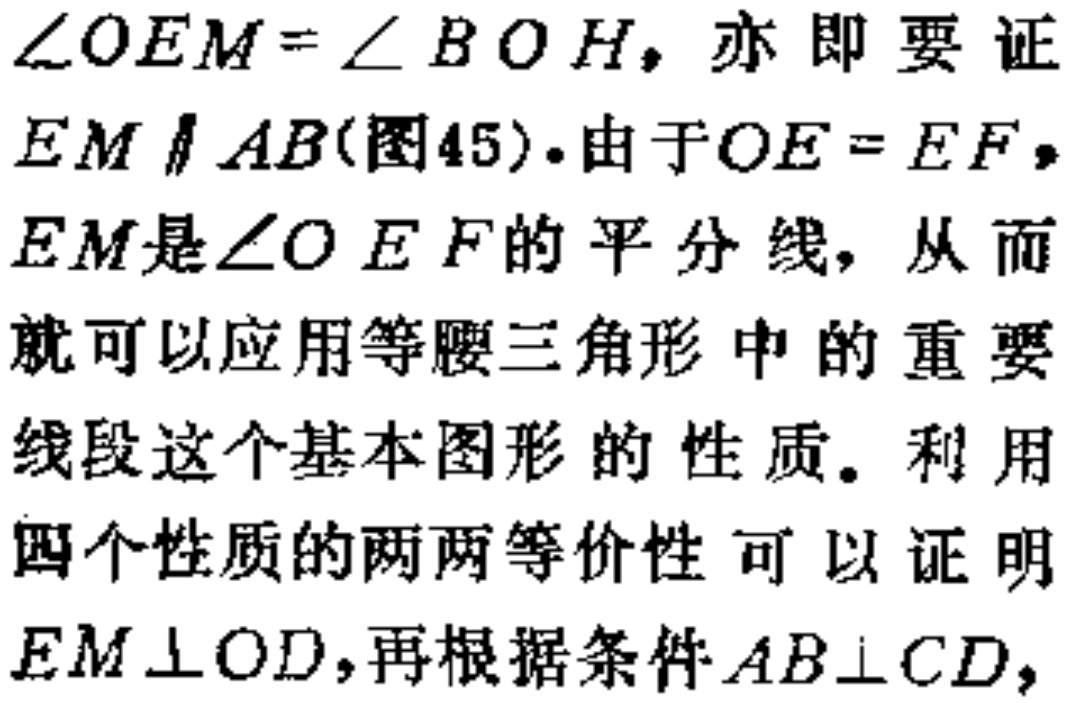
$\angle OEM = \angle BOH$，亦即要证
$EM \parallel AB$(图45).由于$OE = EF$，
$EM$是$\angle OEF$的平分线，从而
就可以应用等腰三角形中的重要
线段这个基本图形的性质。利用
四个性质的两两等价性可以证明
$EM \perp OD$，再根据条件$AB \perp CD$，